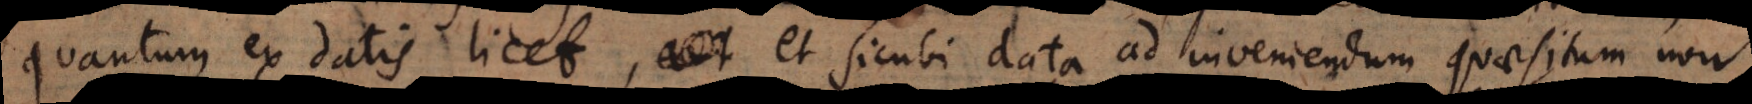
quantum ex datis licet, et sicubi data ad inveniendum quaesitum non